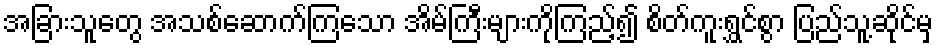
အခြားသူတွေ အသစ်ဆောက်ကြသော အိမ်ကြီးများကိုကြည့်၍ စိတ်ကူးရွှင်စွာ ပြည်သူ့ဆိုင်မှ